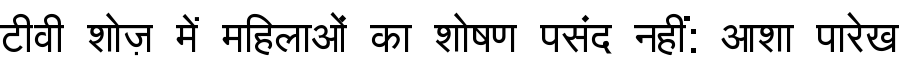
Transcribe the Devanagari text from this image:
टीवी शोज़ में महिलाओं का शोषण पसंद नहीं: आशा पारेख